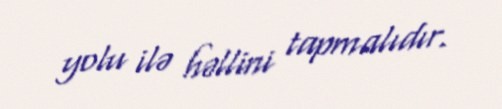
yolu ilə həllini tapmalıdır.